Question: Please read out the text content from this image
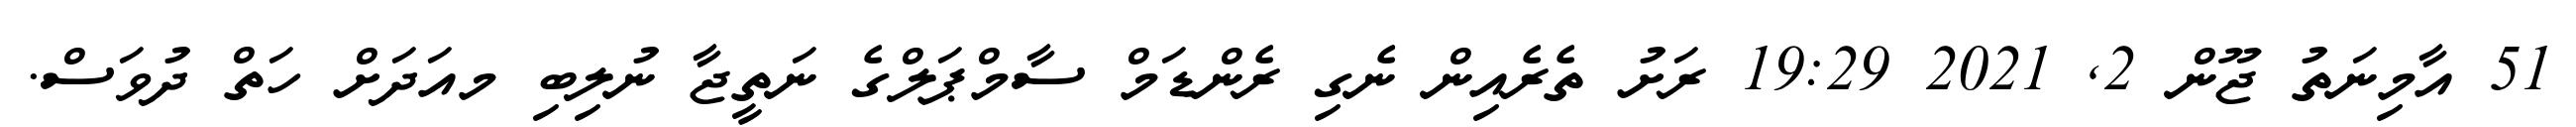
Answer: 51 އާމިނަތު ޖޫން 2, 2021 19:29 ރަށު ތެރެއިން ނެގި ރެންޑަމް ސާމްޕަލްގެ ނަތީޖާ ނުލިބި މއަދަށް ހަތް ދުވަސް.